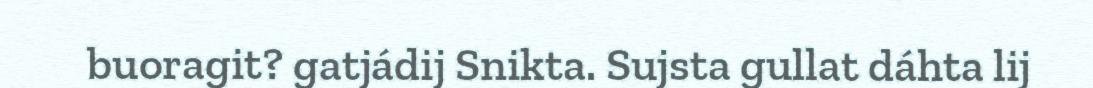
buoragit? gatjádij Snikta. Sujsta gullat dáhta lij